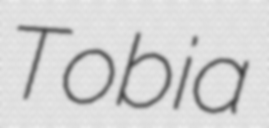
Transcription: Tobia